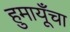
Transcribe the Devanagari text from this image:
हुमायूँचा